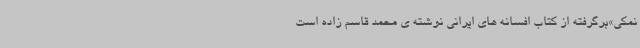
نمکی»برگرفته از کتاب افسانه های ایرانی نوشته ی محمد قاسم زاده است